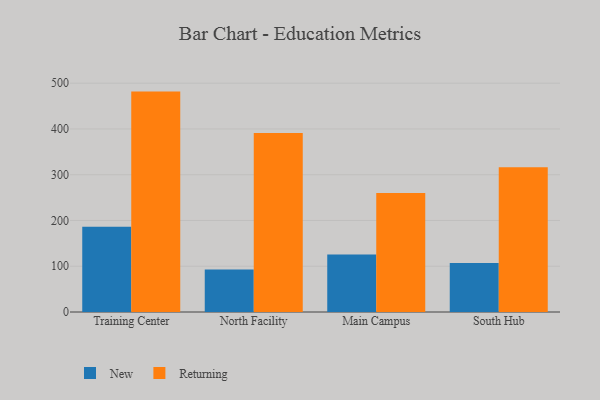
{"axis": {"x": "Campus", "y": "Revenue (USD Million)"}, "legend": ["New", "Returning"], "data": [{"x": "Training Center", "y": 186.2, "type": "New"}, {"x": "Training Center", "y": 481.6, "type": "Returning"}, {"x": "North Facility", "y": 92.6, "type": "New"}, {"x": "North Facility", "y": 391.3, "type": "Returning"}, {"x": "Main Campus", "y": 125.8, "type": "New"}, {"x": "Main Campus", "y": 260.2, "type": "Returning"}, {"x": "South Hub", "y": 107.2, "type": "New"}, {"x": "South Hub", "y": 316.5, "type": "Returning"}]}